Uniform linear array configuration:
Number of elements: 32
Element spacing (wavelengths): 0.5
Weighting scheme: binomial
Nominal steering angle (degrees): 45
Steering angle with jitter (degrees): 44.439
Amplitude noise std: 0.05
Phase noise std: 0.05

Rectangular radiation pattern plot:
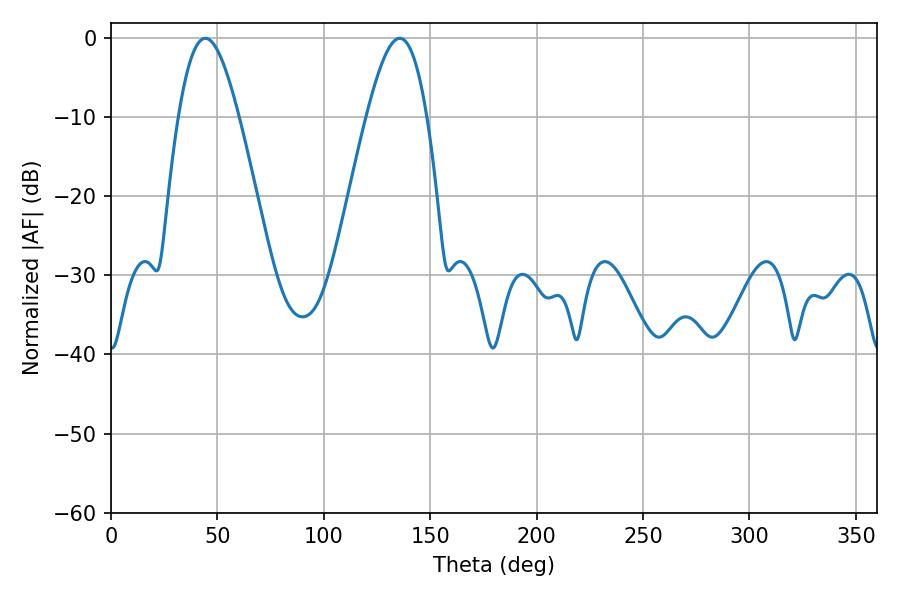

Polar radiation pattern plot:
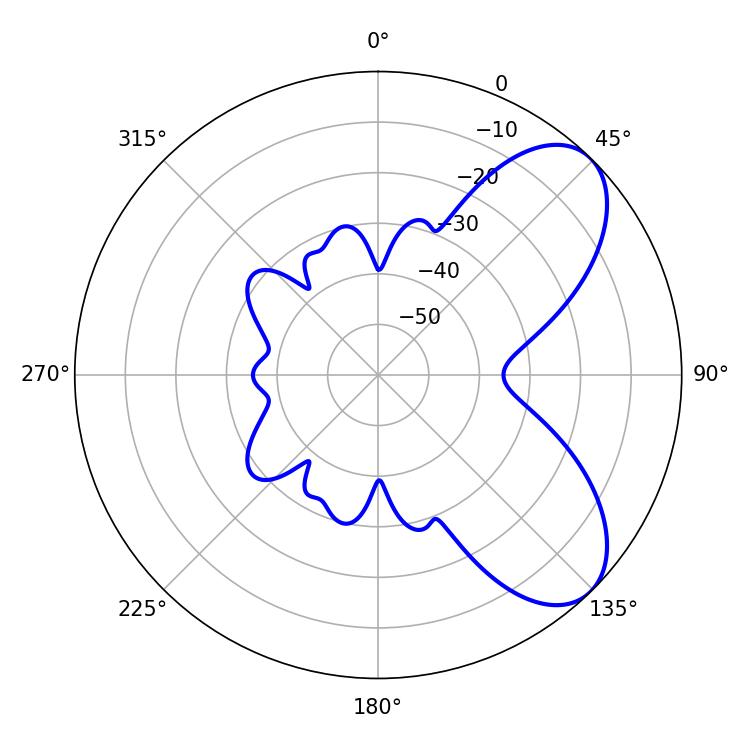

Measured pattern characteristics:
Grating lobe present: FALSE
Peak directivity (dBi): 6.893
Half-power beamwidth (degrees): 15.3
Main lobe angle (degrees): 44.28